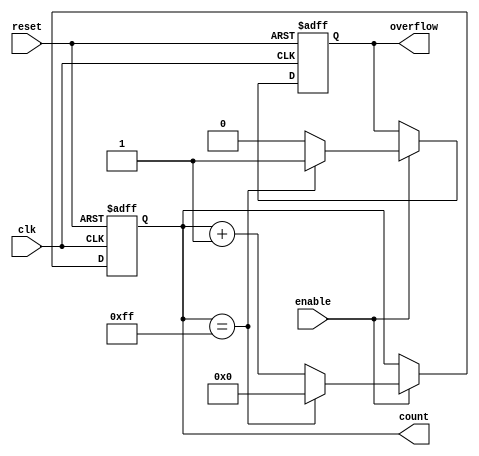
module PulseCounter #(
    parameter COUNTER_WIDTH = 8 // Set the default counter width to 8 bits
)(
    input wire clk,               // Clock signal
    input wire enable,            // Count enable signal
    input wire reset,             // Asynchronous reset signal
    output reg [COUNTER_WIDTH-1:0] count, // Current count value
    output reg overflow           // Overflow flag
);

    // Synchronous reset and counting logic
    always @(posedge clk or posedge reset) begin
        if (reset) begin
            count <= 0;            // Reset count to zero
            overflow <= 0;         // Clear overflow flag
        end else if (enable) begin
            // Check for overflow before incrementing
            if (count == {COUNTER_WIDTH{1'b1}}) begin // Max value for the width
                count <= 0;        // Wrap around to zero
                overflow <= 1;     // Set overflow flag
            end else begin
                count <= count + 1; // Increment count
                overflow <= 0;       // Clear overflow flag
            end
        end
    end

endmodule